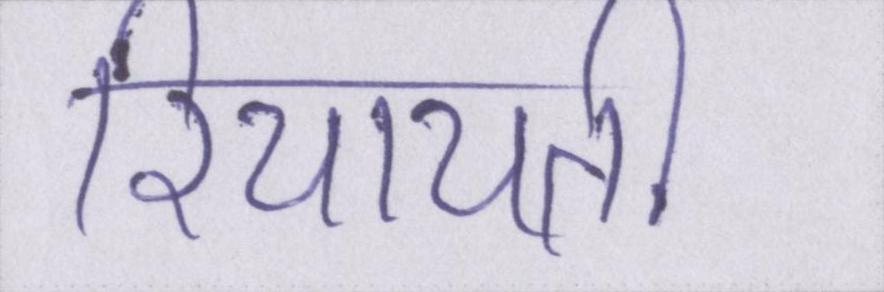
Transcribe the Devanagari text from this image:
रियायती